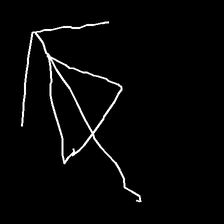
Glyph: pull